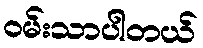
ဝမ်းသာပါတယ်